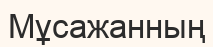
Мұсажанның